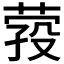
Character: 𦴎